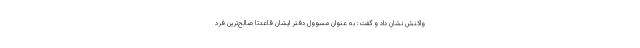
واکنش نشان داد و گفت: به عنوان مسوول دفتر ایشان قاعدتا صالح‌ترین فرد